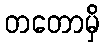
တတောမှိ